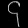
Digit: ၄